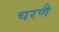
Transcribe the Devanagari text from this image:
चरणै